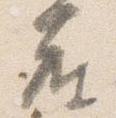
座